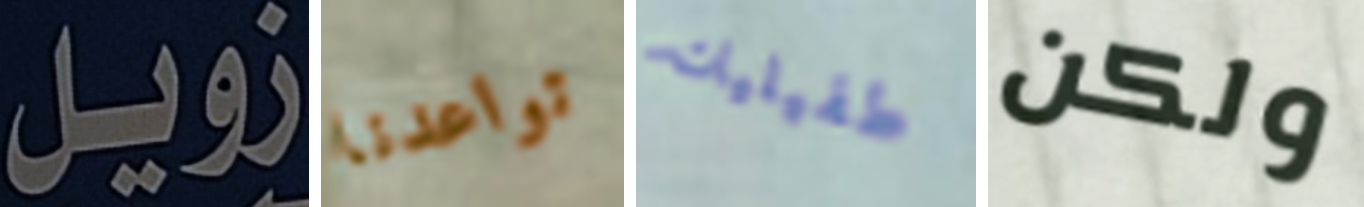
زويل تواعدنا طفيليات ولكن